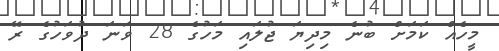
މީހެއް ކަމަށް ބުނެ މިދިޔަ ޖުލައި މަހުގެ 28 ވަނަ ދުވަހުގެ ރޭ